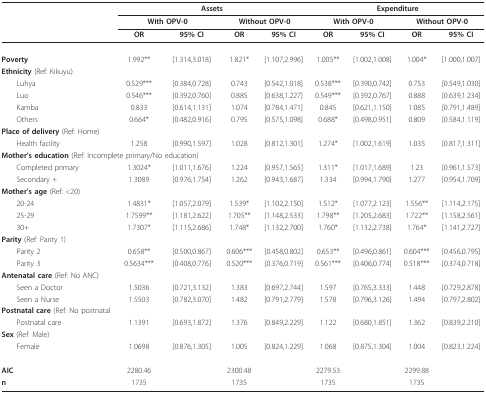
<table><thead><tr><td></td><td colspan="4"><b>Assets</b></td><td colspan="4"><b>Expenditure</b></td></tr><tr><td></td><td colspan="2"><b>With OPV-0</b></td><td colspan="2"><b>Without OPV-0</b></td><td colspan="2"><b>With OPV-0</b></td><td colspan="2"><b>Without OPV-0</b></td></tr><tr><td></td><td><b>OR</b></td><td><b>95% CI</b></td><td><b>OR</b></td><td><b>95% CI</b></td><td><b>OR</b></td><td><b>95% CI</b></td><td><b>OR</b></td><td><b>95% CI</b></td></tr></thead><tbody><tr><td><b>Poverty</b></td><td>1.992**</td><td>[1.314,3.018]</td><td>1.821*</td><td>[1.107,2.996]</td><td>1.005**</td><td>[1.002,1.008]</td><td>1.004*</td><td>[1.000,1.007]</td></tr><tr><td><b>Ethnicity </b>(Ref: Kikuyu)</td><td></td><td></td><td></td><td></td><td></td><td></td><td></td><td></td></tr><tr><td> Luhya</td><td>0.529***</td><td>[0.384,0.728]</td><td>0.743</td><td>[0.542,1.018]</td><td>0.538***</td><td>[0.390,0.742]</td><td>0.753</td><td>[0.549,1.030]</td></tr><tr><td> Luo</td><td>0.546***</td><td>[0.392,0.760]</td><td>0.885</td><td>[0.638,1.227]</td><td>0.549***</td><td>[0.392,0.767]</td><td>0.888</td><td>[0.639,1.234]</td></tr><tr><td> Kamba</td><td>0.833</td><td>[0.614,1.131]</td><td>1.074</td><td>[0.784,1.471]</td><td>0.845</td><td>[0.621,1.150]</td><td>1.085</td><td>[0.791,1.489]</td></tr><tr><td> Others</td><td>0.664*</td><td>[0.482,0.916]</td><td>0.795</td><td>[0.575,1.098]</td><td>0.688*</td><td>[0.498,0.951]</td><td>0.809</td><td>[0.584,1.119]</td></tr><tr><td><b>Place of delivery </b>(Ref: Home)</td><td></td><td></td><td></td><td></td><td></td><td></td><td></td><td></td></tr><tr><td> Health facility</td><td>1.258</td><td>[0.990,1.597]</td><td>1.028</td><td>[0.812,1.301]</td><td>1.274*</td><td>[1.002,1.619]</td><td>1.035</td><td>[0.817,1.311]</td></tr><tr><td colspan="3"><b>Mother&#x27;s education </b>(Ref: Incomplete primary/No education)</td><td></td><td></td><td></td><td></td><td></td><td></td></tr><tr><td> Completed primary</td><td>1.3024*</td><td>[1.011,1.676]</td><td>1.224</td><td>[0.957,1.565]</td><td>1.311*</td><td>[1.017,1.689]</td><td>1.23</td><td>[0.961,1.573]</td></tr><tr><td> Secondary +</td><td>1.3089</td><td>[0.976,1.754]</td><td>1.262</td><td>[0.943,1.687]</td><td>1.334</td><td>[0.994,1.790]</td><td>1.277</td><td>[0.954,1.709]</td></tr><tr><td><b>Mother&#x27;s age </b>(Ref: &lt;20)</td><td></td><td></td><td></td><td></td><td></td><td></td><td></td><td></td></tr><tr><td> 20-24</td><td>1.4831*</td><td>[1.057,2.079]</td><td>1.539*</td><td>[1.102,2.150]</td><td>1.512*</td><td>[1.077,2.123]</td><td>1.556**</td><td>[1.114,2.175]</td></tr><tr><td> 25-29</td><td>1.7599**</td><td>[1.181,2.622]</td><td>1.705**</td><td>[1.148,2.533]</td><td>1.798**</td><td>[1.205,2.683]</td><td>1.722**</td><td>[1.158,2.561]</td></tr><tr><td> 30+</td><td>1.7307*</td><td>[1.115,2.686]</td><td>1.748*</td><td>[1.132,2.700]</td><td>1.760*</td><td>[1.132,2.738]</td><td>1.764*</td><td>[1.141,2.727]</td></tr><tr><td><b>Parity </b>(Ref: Parity 1)</td><td></td><td></td><td></td><td></td><td></td><td></td><td></td><td></td></tr><tr><td> Parity 2</td><td>0.658**</td><td>[0.500,0.867]</td><td>0.606***</td><td>[0.458,0.802]</td><td>0.653**</td><td>[0.496,0.861]</td><td>0.604***</td><td>[0.456,0.795]</td></tr><tr><td> Parity 3</td><td>0.5634***</td><td>[0.408,0.776]</td><td>0.520***</td><td>[0.376,0.719]</td><td>0.561***</td><td>[0.406,0.774]</td><td>0.518***</td><td>[0.374,0.718]</td></tr><tr><td><b>Antenatal care </b>(Ref: No ANC)</td><td></td><td></td><td></td><td></td><td></td><td></td><td></td><td></td></tr><tr><td> Seen a Doctor</td><td>1.5036</td><td>[0.721,3.132]</td><td>1.383</td><td>[0.697,2.744]</td><td>1.597</td><td>[0.765,3.333]</td><td>1.448</td><td>[0.729,2.878]</td></tr><tr><td> Seen a Nurse</td><td>1.5503</td><td>[0.782,3.070]</td><td>1.482</td><td>[0.791,2.779]</td><td>1.578</td><td>[0.796,3.126]</td><td>1.494</td><td>[0.797,2.802]</td></tr><tr><td colspan="2"><b>Postnatal care </b>(Ref: No postnatal</td><td></td><td></td><td></td><td></td><td></td><td></td><td></td></tr><tr><td> Postnatal care</td><td>1.1391</td><td>[0.693,1.872]</td><td>1.376</td><td>[0.849,2.229]</td><td>1.122</td><td>[0.680,1.851]</td><td>1.362</td><td>[0.839,2.210]</td></tr><tr><td><b>Sex </b>(Ref: Male)</td><td></td><td></td><td></td><td></td><td></td><td></td><td></td><td></td></tr><tr><td> Female</td><td>1.0698</td><td>[0.876,1.305]</td><td>1.005</td><td>[0.824,1.229]</td><td>1.068</td><td>[0.875,1.304]</td><td>1.004</td><td>[0.823,1.224]</td></tr><tr><td><b>AIC</b></td><td>2280.46</td><td></td><td>2300.48</td><td></td><td>2279.53</td><td></td><td>2299.88</td><td></td></tr><tr><td><b>n</b></td><td>1735</td><td></td><td>1735</td><td></td><td>1735</td><td></td><td>1735</td><td></td></tr></tbody></table>